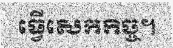
ធ្វើសេកកិច្ច។